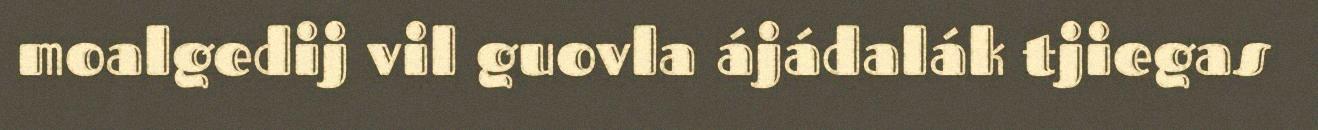
moalgedij vil guovla ájádalák tjiegas